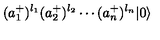
( a _ { 1 } ^ { + } ) ^ { l _ { 1 } } ( a _ { 2 } ^ { + } ) ^ { l _ { 2 } } \cdots ( a _ { n } ^ { + } ) ^ { l _ { n } } | 0 \rangle